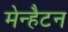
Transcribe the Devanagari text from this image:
मेन्हैटन